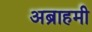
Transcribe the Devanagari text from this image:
अब्राहमी